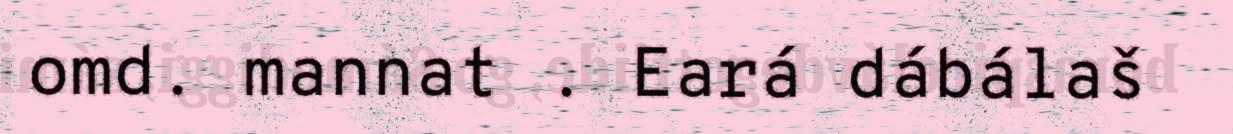
omd. mannat . Eará dábálaš